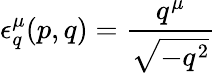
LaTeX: \epsilon_{q}^{\mu}(p,q)={\frac{q^{\mu}}{\sqrt{-q^{2}}}}